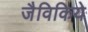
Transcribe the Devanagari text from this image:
जैविकिये